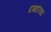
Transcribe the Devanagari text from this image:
दमारिया